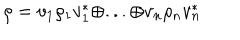
\rho = v _ { 1 } \rho _ { 1 } v _ { 1 } ^ { * } \oplus . . . \oplus v _ { n } \rho _ { n } v _ { n } ^ { * }